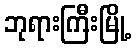
ဘုရားကြီးမြို့